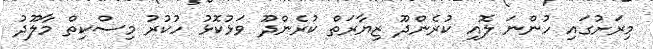
މިރަށުގައި ހުންނަ ލޮއި ކުރެންދޫ ޒިޔާރަތް ކުރެންދޫ ވަޅުކޮޅު ހުކުރު މިސްކިތް މާލޫދު